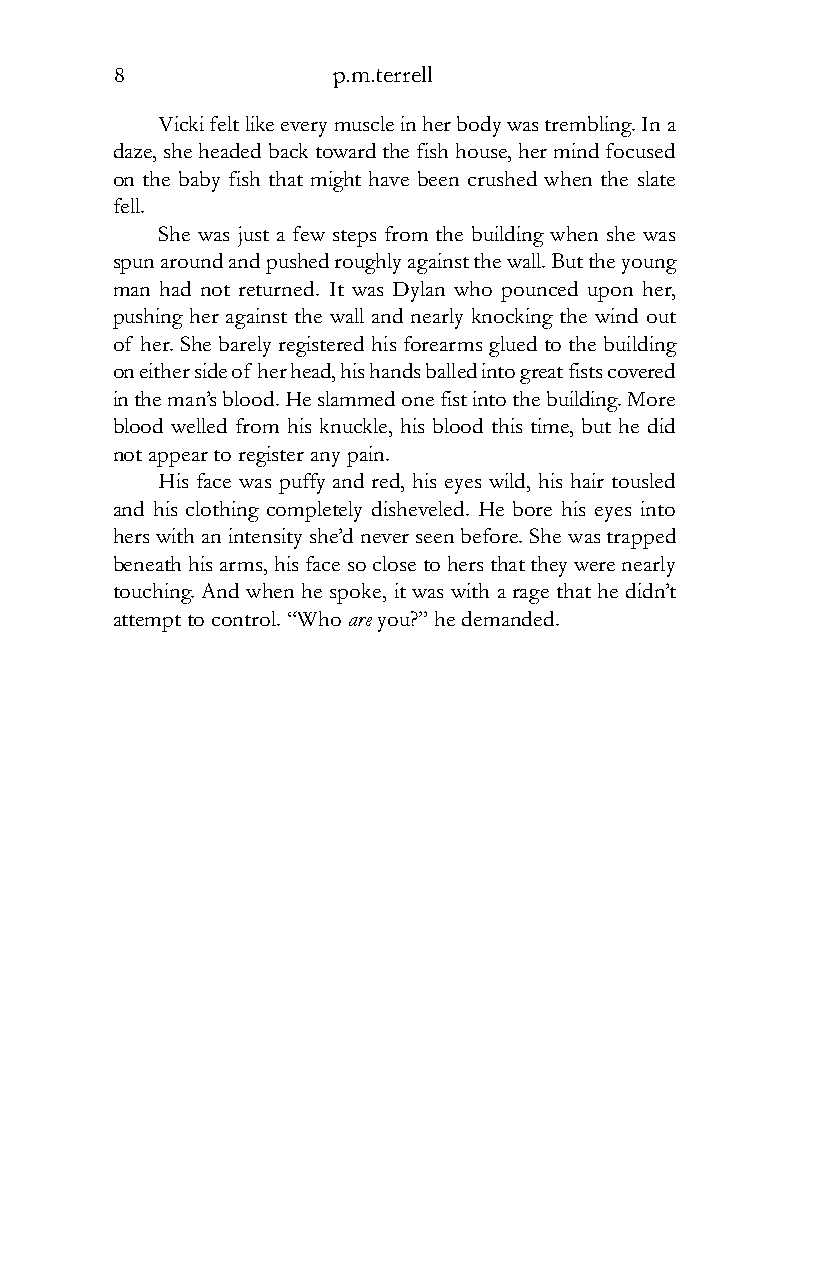
8             p.m.terrell
 Vicki felt like every muscle in her body was trembling. In a
 daze, she headed back toward the fish house, her mind focused
 on the baby fish that might have been crushed when the slate
 fell.
 She was just a few steps from the building when she was
 spun around and pushed roughly against the wall. But the young
 man had not returned. It was Dylan who pounced upon her,
 pushing her against the wall and nearly knocking the wind out
 of her. She barely registered his forearms glued to the building
 on either side of her head, his hands balled into great fists covered
 in the man’s blood. He slammed one fist into the building. More
 blood welled from his knuckle, his blood this time, but he did
 not appear to register any pain.
 His face was puffy and red, his eyes wild, his hair tousled
 and his clothing completely disheveled. He bore his eyes into
 hers with an intensity she’d never seen before. She was trapped
 beneath his arms, his face so close to hers that they were nearly
 touching. And when he spoke, it was with a rage that he didn’t
 attempt to control. “Who are you?” he demanded.